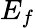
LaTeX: E_{f}